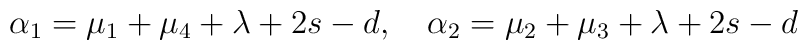
\alpha_1 = \mu_1 + \mu_4 + \lambda + 2s - d, \quad\alpha_2 = \mu_2 + \mu_3 + \lambda + 2s - d